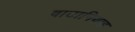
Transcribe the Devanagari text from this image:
वाटानियाह